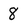
Character: 8